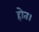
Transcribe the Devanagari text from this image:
होत।